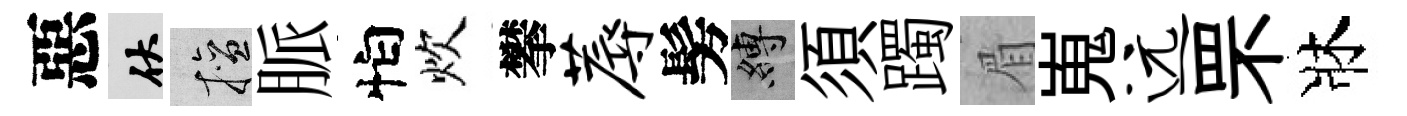
惡伏擅脈怕炊攀蓐髣縛須躅眉嵬远罘牀